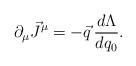
LaTeX: \begin{align*}\partial_\mu \vec{J}^\mu = - \vec{q} \, \frac{d \Lambda}{d q_0} .\end{align*}